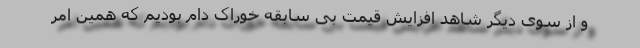
و از سوی دیگر شاهد افزایش قیمت بی سابقه خوراک دام بودیم که همین امر